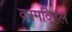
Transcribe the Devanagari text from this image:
कामवि्हल